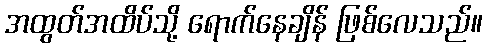
အထွတ်အထိပ်သို့ ရောက်နေချိန် ဖြစ်လေသည်။